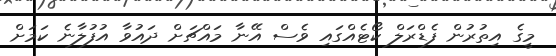
މީގެ އިތުރުން ފެޑްރަލް ކޯޓެއްގައި ވެސް އޭނާ މައްޗަށް ދައުވާ އުފުލާނެ ކަމަށް